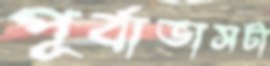
পূর্বাভাসটা